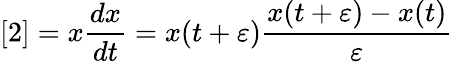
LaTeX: [2]=x{\frac{dx}{dt}}=x(t+\varepsilon){\frac{x(t+\varepsilon)-x(t)}{\varepsilon}}